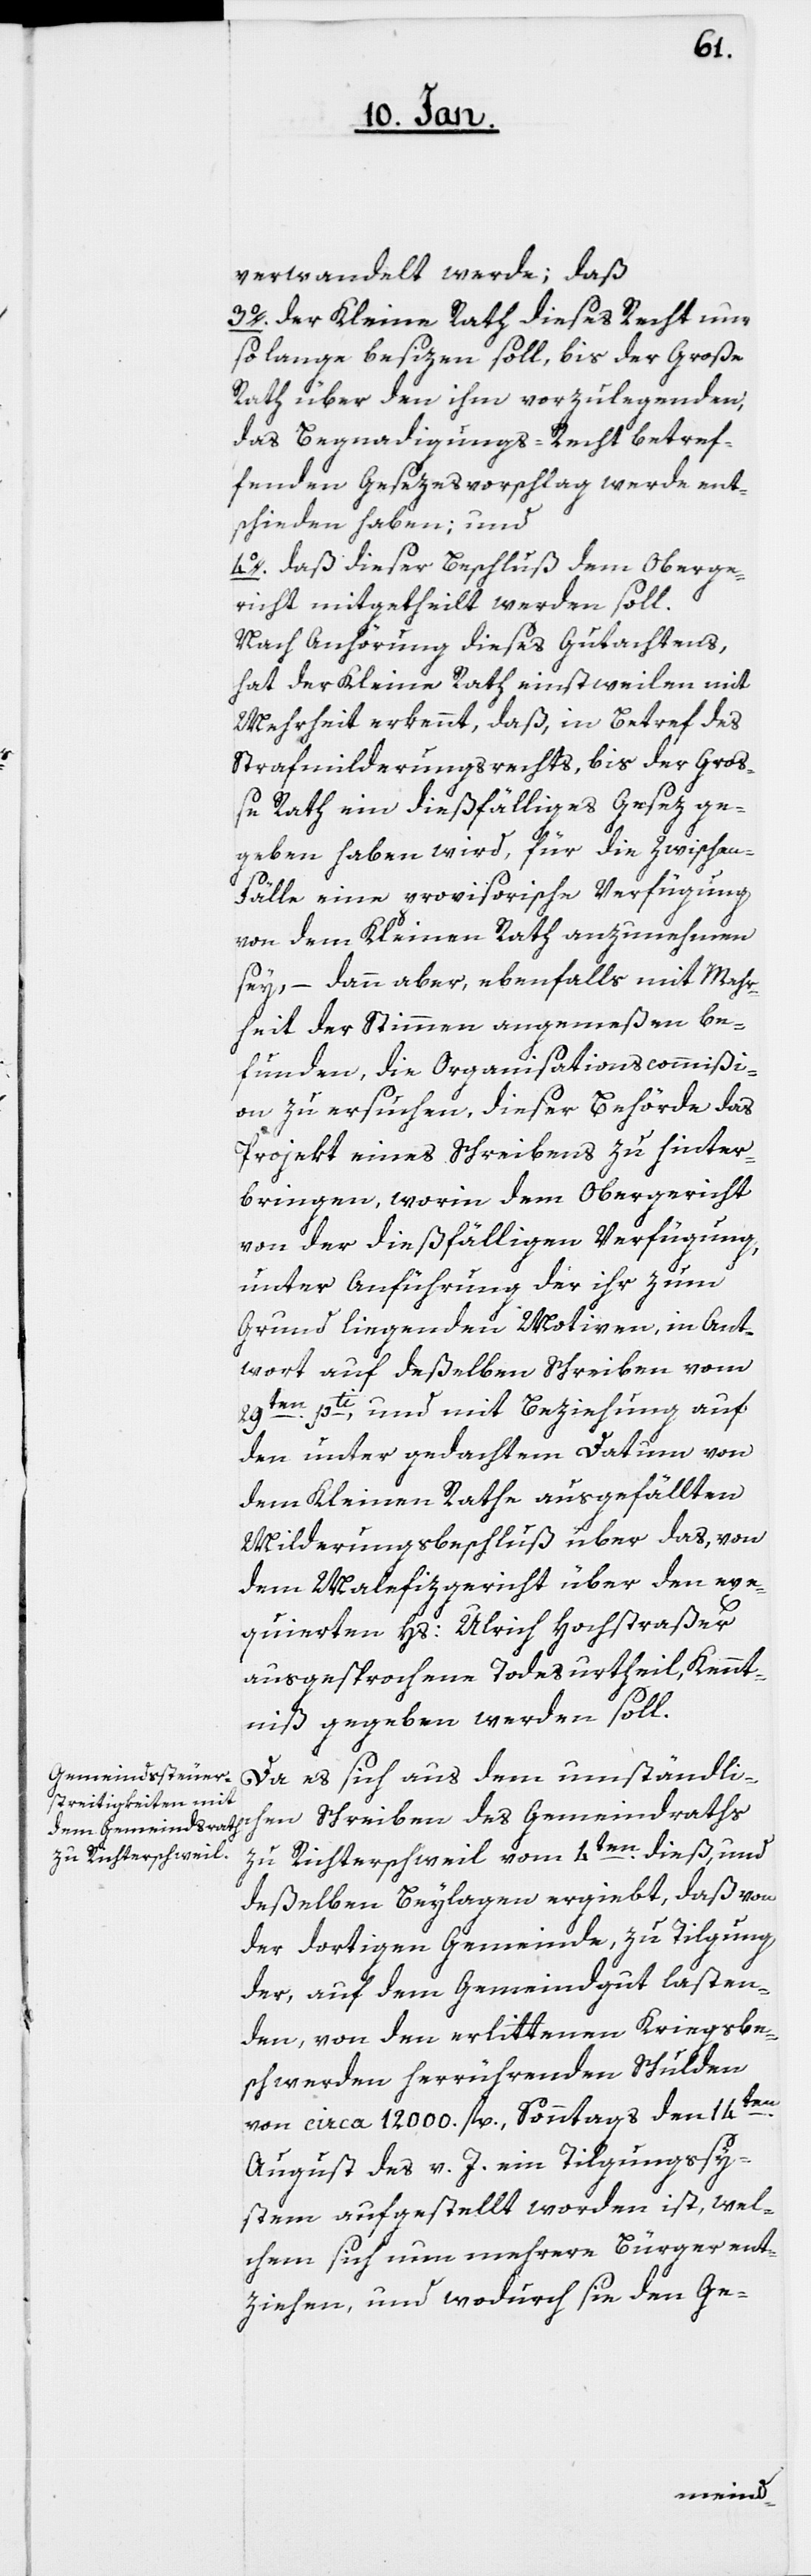
verwandelt werde; daß
3o. Der Kleine Rath dieses Recht nur
so lange besizen soll, bis der Große
Rath über den ihm vorzulegenden,
das Begnadigungs-Recht betref¬
fenden Gesezesvorschlag werde ent¬
schieden haben; und
4o. daß dieser Beschluß dem Oberge¬
richt mitgetheilt werden soll.
Nach Anhörung dieses Gutachtens,
hat der Kleine Rath einstweilen mit
Mehrheit erkennt, daß, in Betref des
Strafmilderungsrechts, bis der Groß¬
e Rath ein dießfälliges Gesez ge¬
geben haben wird, für die Zwischen-F¬
älle eine provisorische Verfügung
von dem Kleinen Rath anzunehmen
sey, – dann aber, ebenfalls mit Mehr¬
heit der Stimmen angemeßen be¬
funden, die Organisationscommißi¬
on zu ersuchen, dieser Behörde das
Projekt eines Schreibens zu hinter¬
bringen, worin dem Obergericht
von der dießfälligen Verfügung,
unter Anführung der ihr zum
Grund liegenden Motiven, in Ant¬
wort auf deßelben Schreiben vom
ten. pti, und mit Beziehung auf
29s¬
den unter gedachtem Datum von
dem Kleinen Rathe ausgefällten
Milderungsbeschluß über das, von
dem Malefizgericht über den exe¬
quierten Hs. Ulrich Hochstraßer
ausgesprochene Todesurtheil, Kennt¬
niß gegeben werden soll.
Da es sich aus dem umständli¬
chen Schreiben des Gemeindraths
zu Richterschweil vom 4ten dieß, und
deßelben Beylagen ergibt, daß von
der dortigen Gemeinde, zu Tilgung
der, auf dem Gemeindgut lasten¬
den, von den erlittenen Kriegsbe¬
schwerden herrührenden Schulden
von circa 12000. fl., Sonntags den 14ten.
August des v. J. ein Tilgungssy¬
stem aufgestellt worden ist, wel¬
chem sich nun mehrere Bürger ent¬
ziehen, und wodurch sie den Ge-